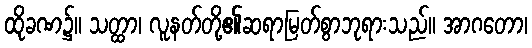
ထိုခဏ၌။ သတ္ထာ၊ လူနတ်တို့၏ဆရာမြတ်စွာဘုရားသည်။ အာဂတော၊